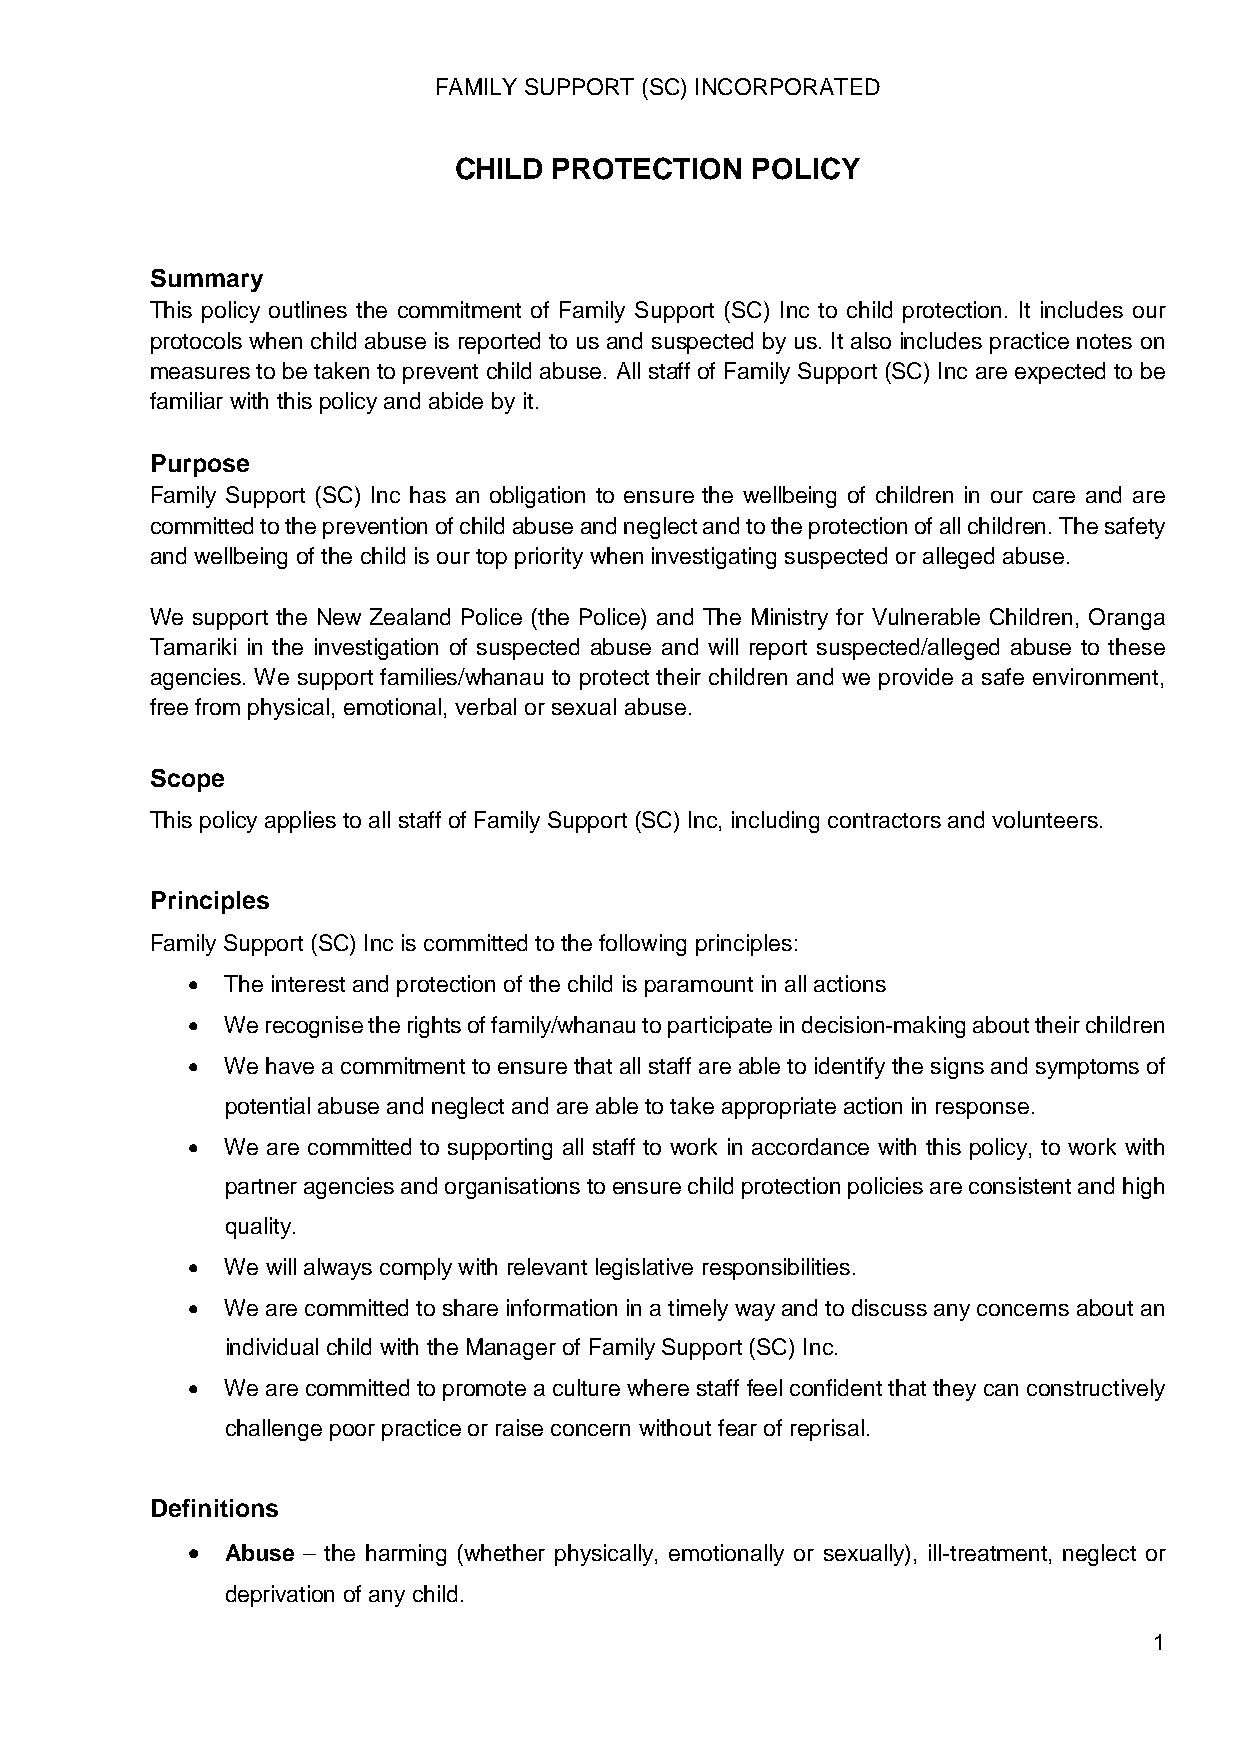
FAMILY SUPPORT (SC) INCORPORATED
 CHILD  PROTECTION   POLICY
 Summary
 This policy outlines the commitment of Family Support (SC) Inc to child protection. It includes our
 protocols when child abuse is reported to us and suspected by us. It also includes practice notes on
 measures to be taken to prevent child abuse. All staff of Family Support (SC) Inc are expected to be
 familiar with this policy and abide by it.
 Purpose
 Family Support (SC) Inc has an obligation to ensure the wellbeing of children in our care and are
 committed to the prevention of child abuse and neglect and to the protection of all children. The safety
 and wellbeing of the child is our top priority when investigating suspected or alleged abuse.
 We support the New Zealand Police (the Police) and The Ministry for Vulnerable Children, Oranga
 Tamariki in the investigation of suspected abuse and will report suspected/alleged abuse to these
 agencies. We support families/whanau to protect their children and we provide a safe environment,
 free from physical, emotional, verbal or sexual abuse.
 Scope
 This policy applies to all staff of Family Support (SC) Inc, including contractors and volunteers.
 Principles
 Family Support (SC) Inc is committed to the following principles:
 •  The interest and protection of the child is paramount in all actions
 •  We recognise the rights of family/whanau to participate in decision-making about their children
 •  We have a commitment to ensure that all staff are able to identify the signs and symptoms of
 potential abuse and neglect and are able to take appropriate action in response.
 •  We are committed to supporting all staff to work in accordance with this policy, to work with
 partner agencies and organisations to ensure child protection policies are consistent and high
 quality.
 •  We will always comply with relevant legislative responsibilities.
 •  We are committed to share information in a timely way and to discuss any concerns about an
 individual child with the Manager of Family Support (SC) Inc.
 •  We are committed to promote a culture where staff feel confident that they can constructively
 challenge poor practice or raise concern without fear of reprisal.
 Definitions
 •
 Abuse – the harming (whether physically, emotionally or sexually), ill-treatment, neglect or
 deprivation of any child.
 1